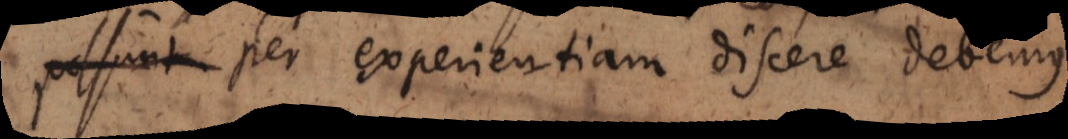
possunt per experientiam discere debemus.